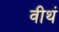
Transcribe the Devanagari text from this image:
वीथं